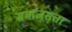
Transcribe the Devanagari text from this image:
समाजसत्ता